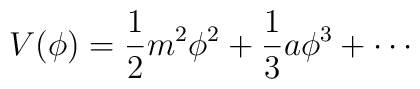
V(\phi) = \frac{1}{2} m^2 \phi^2 + \frac{1}{3} a \phi^3 + \cdots